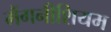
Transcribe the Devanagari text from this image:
मैंगनीशियम